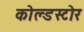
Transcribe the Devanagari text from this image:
कोल्डस्टोर